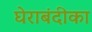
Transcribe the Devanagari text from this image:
घेराबंदीका